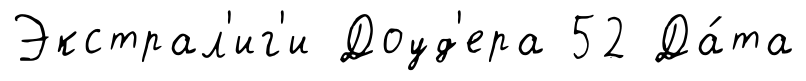
Экстрал'иг'и Доуд'ера 52 Да́та